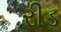
રીડ